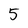
Character: 5